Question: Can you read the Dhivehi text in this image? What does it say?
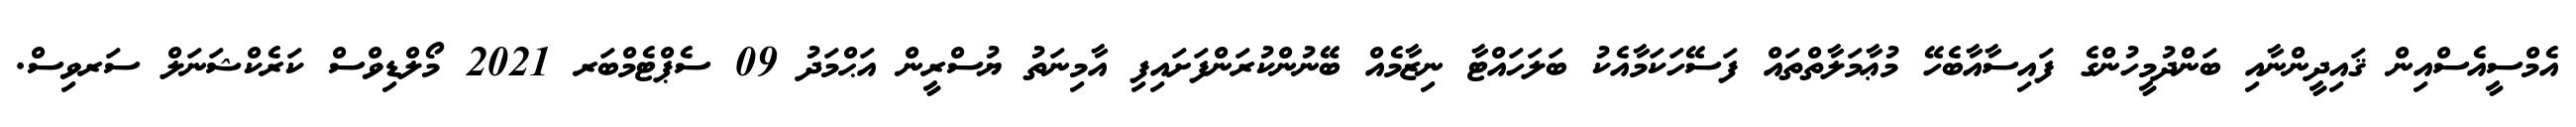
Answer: އެމްސީއެސްއިން ޤައިދީންނާއި ބަންދުމީހުންގެ ފައިސާއާބެހޭ މުޢާމަލާތްތައް ފަސޭހަކަމާއެކު ބަލަހައްޓާ ނިޒާމެއް ބޭނުންކުރަންފަށައިފި އާމިނަތު ޔުސްރީން އަޙްމަދު 09 ސެޕްޓެމްބަރ 2021 މޯލްޑިވްސް ކަރެކްޝަނަލް ސަރވިސް.